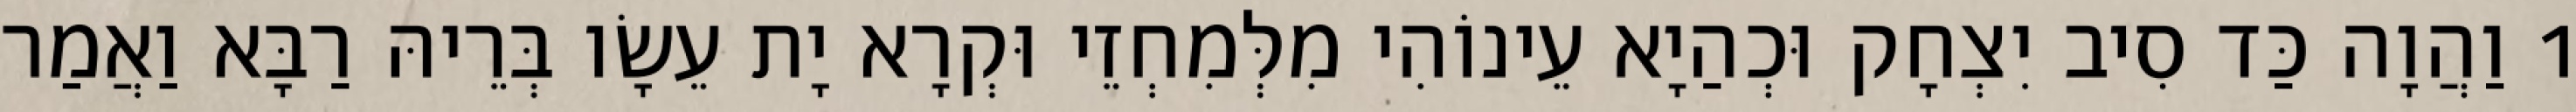
1 וַהֲוָה כַּד סִיב יִצְחָק וּכְהַיָא עֵינוֹהִי מִלְּמִחְזֵי וּקְרָא יָת עֵשָׂו בְּרֵיהּ רַבָּא וַאֲמַר